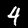
Label: 4